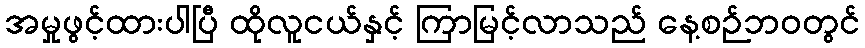
အမှုဖွင့်ထားပါပြီ ထိုလူငယ်နှင့် ကြာမြင့်လာသည် နေ့စဉ်ဘ၀တွင်